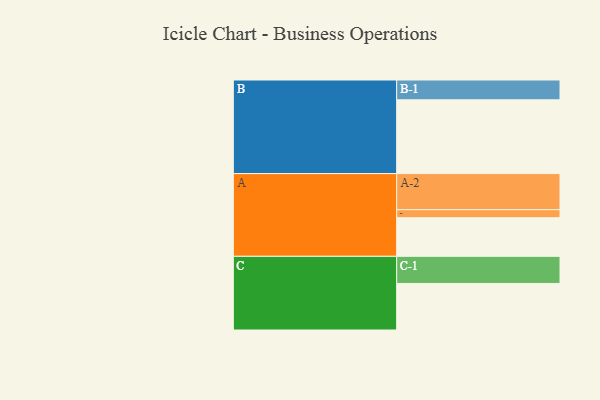
{"axis": {"x": "Segment", "y": "Value"}, "legend": ["", "A", "B", "C"], "data": [{"x": "A", "y": 302, "type": ""}, {"x": "B", "y": 577, "type": ""}, {"x": "C", "y": 364, "type": ""}, {"x": "A-1", "y": 63, "type": "A"}, {"x": "A-2", "y": 282, "type": "A"}, {"x": "B-1", "y": 155, "type": "B"}, {"x": "C-1", "y": 212, "type": "C"}]}